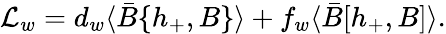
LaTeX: {\cal L}_{w}=d_{w}\langle\bar{B}\{ h_{+},B\} \rangle+f_{w}\langle\bar{B}[h_{+},B]\rangle.